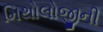
મિથોલોજીની